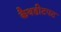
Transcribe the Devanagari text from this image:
कैथडीटपट